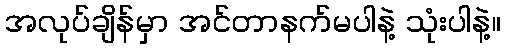
အလုပ်ချိန်မှာ အင်တာနက်မပါနဲ့ သုံးပါနဲ့။